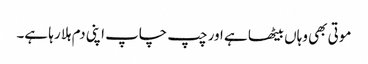
موتی بھی وہاں بیٹھا ہے اور چپ چاپ اپنی دم ہلا رہا ہے۔